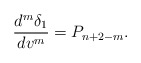
\begin{align*} \frac{d^m\delta_1}{dv^m}=P_{n+2-m}.\end{align*}